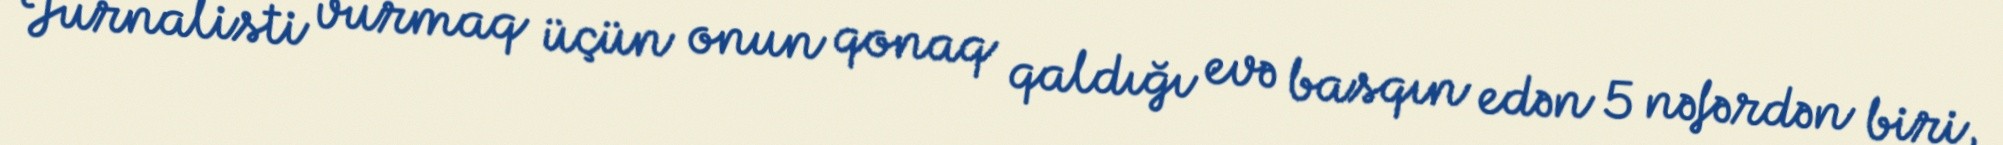
Jurnalisti vurmaq üçün onun qonaq qaldığı evə basqın edən 5 nəfərdən biri,